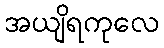
အယျိရကုလေ